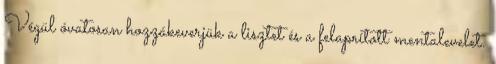
Végül óvatosan hozzákeverjük a lisztet és a felaprított mentalevelet.